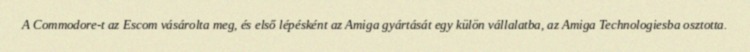
A Commodore-t az Escom vásárolta meg, és első lépésként az Amiga gyártását egy külön vállalatba, az Amiga Technologiesba osztotta.